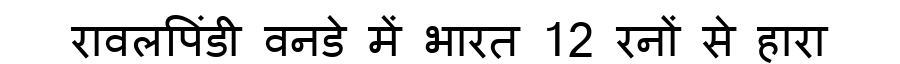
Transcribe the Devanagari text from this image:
रावलपिंडी वनडे में भारत 12 रनों से हारा